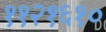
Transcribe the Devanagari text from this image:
११२१६१०